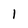
Character: 1